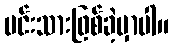
မင်းသားဖြစ်ခဲ့မှာပါ။